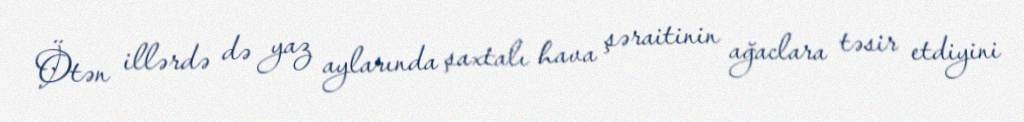
Ötən illərdə də yaz aylarında şaxtalı hava şəraitinin ağaclara təsir etdiyini